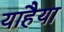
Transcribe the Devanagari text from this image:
याहैया